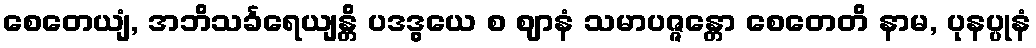
စေတေယျံ, အဘိသင်္ခရေယျန္တိ ပဒဒွယေ စ ဈာနံ သမာပဇ္ဇန္တော စေတေတိ နာမ, ပုနပ္ပုနံ